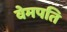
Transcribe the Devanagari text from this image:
वेमपति